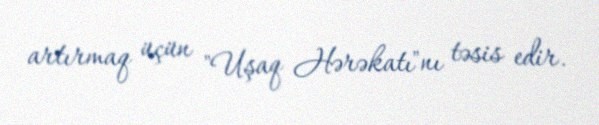
artırmaq üçün "Uşaq Hərəkatı"nı təsis edir.